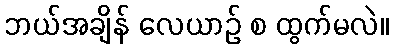
ဘယ်အချိန် လေယာဉ် စ ထွက်မလဲ။